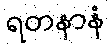
ရတနာနံ